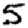
Digit: 5